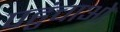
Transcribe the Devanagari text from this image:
पहुंचाओ